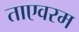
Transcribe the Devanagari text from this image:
ताएवरम